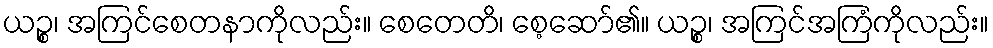
ယဉ္စ၊ အကြင်စေတနာကိုလည်း။ စေတေတိ၊ စေ့ဆော်၏။ ယဉ္စ၊ အကြင်အကြံကိုလည်း။